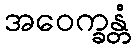
အဝေက္ခန္တံ